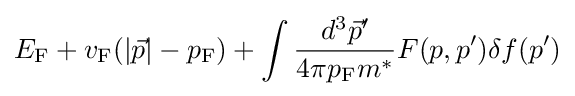
E_{\rm {F}}+v_{\rm {F}}(|{\vec {p}}|-p_{\rm {F}})+\int {\frac {d^{3}{\vec {p}}'}{4\pi p_{\rm {F}}m^{*}}}F(p,p')\delta f(p')